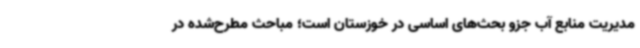
مدیریت منابع آب جزو بحث‌های اساسی در خوزستان است؛ مباحث مطرح‌شده در